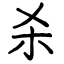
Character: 杀